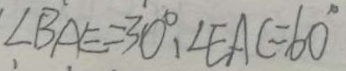
\angle B A E = 3 0 ^ { \circ } , \angle E A C = 6 0 ^ { \circ }